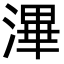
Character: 滭